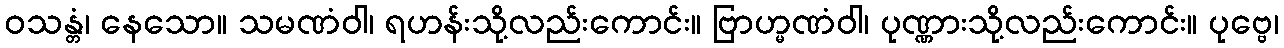
ဝသန္တံ၊ နေသော။ သမဏံဝါ၊ ရဟန်းသို့လည်းကောင်း။ ဗြာဟ္မဏံဝါ၊ ပုဏ္ဏားသို့လည်းကောင်း။ ပုဗ္ဗေ၊